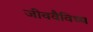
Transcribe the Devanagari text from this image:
जीववैविध्य